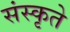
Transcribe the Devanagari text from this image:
संस्कृते